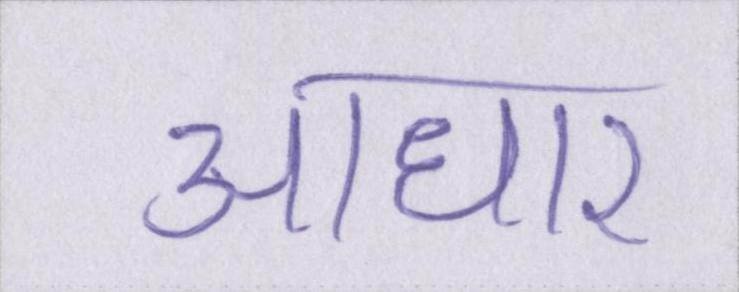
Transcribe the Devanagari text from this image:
आधार